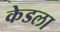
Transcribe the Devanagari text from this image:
केडला